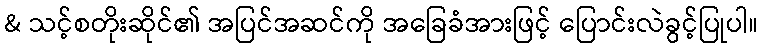
& သင့်စတိုးဆိုင်၏ အပြင်အဆင်ကို အခြေခံအားဖြင့် ပြောင်းလဲခွင့်ပြုပါ။